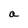
Character: a